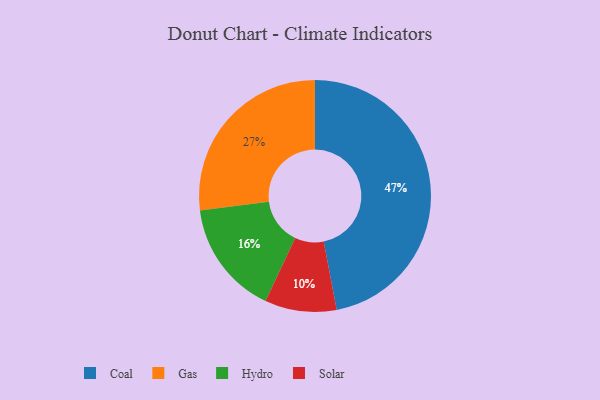
{"axis": {"x": "Category", "y": "Percentage"}, "legend": ["Coal", "Gas", "Hydro", "Solar"], "data": [{"x": "Hydro", "y": 16, "type": "Hydro"}, {"x": "Gas", "y": 27, "type": "Gas"}, {"x": "Solar", "y": 10, "type": "Solar"}, {"x": "Coal", "y": 47, "type": "Coal"}]}